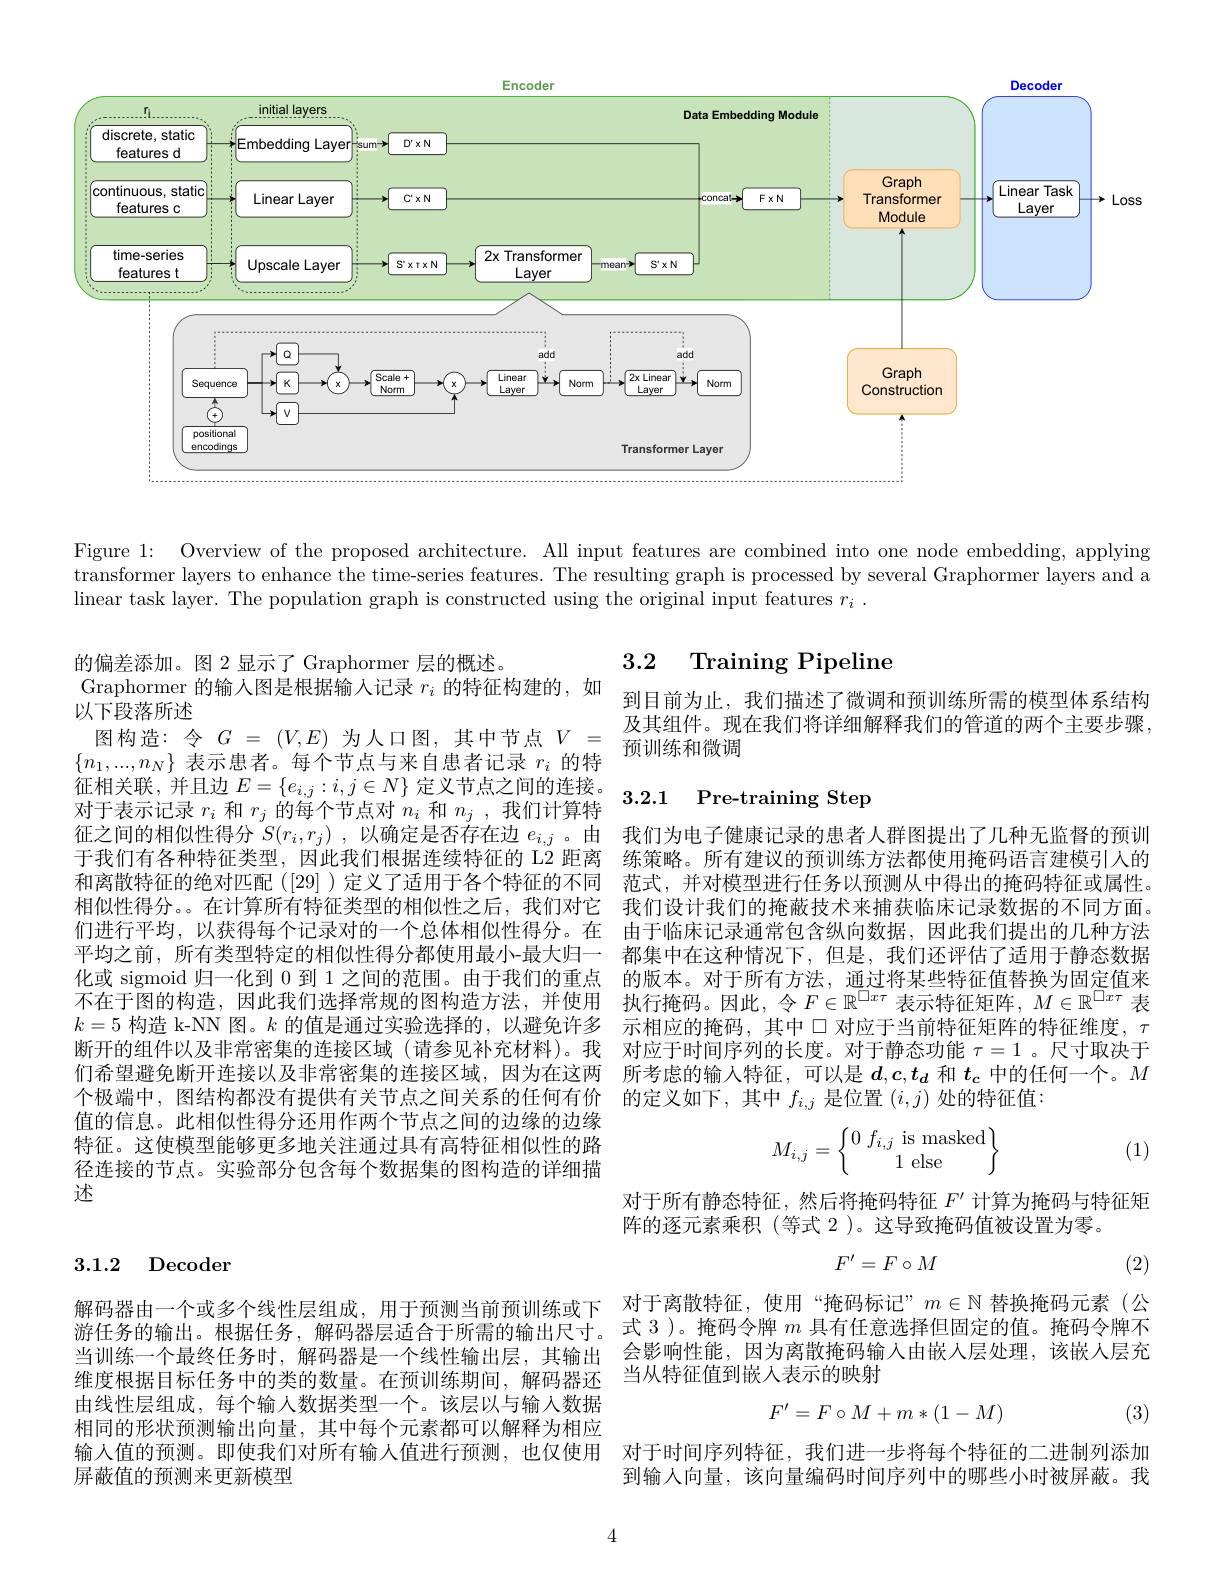
<FigureHere>

Figure 1: Overview of the proposed architecture. All input features are combined into one node embedding, applying transformer layers to enhance the time-series features. The resulting graph is processed by several Graphormer layers and a linear task layer. The population graph is constructed using the original input features $r_i$ .

3.2 Training Pipeline

# Graphormer 的输入图是根据输人记录$r_i\text{ 的特征构建的，如}_{\text{到目前为止，我们描述了微调和预训练所需的模型体系结构}}$

及其组件。现在我们将详细解释我们的管道的两个主要步骤
预训练和微调

### 3.2.1 Pre-training Step

的偏差添加。图 2 显示了 Graphormer 层的概述。
以下段落所述
图构造：令$G=(V,E)$为人口图，其中节点$V=$ $\{n_1,...,n_N\}$表示患者。每个节点与来自患者记录$r_i$的特征相关联，并且边$E=\{e_i,j:i,j\in N\}$定义节点之间的连接。对于表示记录$r_i$和$r_j$的每个节点对$n_i$和$n_j$,我们计算特征之间的相似性得分$S( r_i, r_j)$ ,以确定是否存在边$e_i,j$ 。由于我们有各种特征类型、因此我们根据连续特征的 L2 距离和离散特征的绝对匹配([29])定义了适用于各个特征的不同相似性得分。。在计算所有特征类型的相似性之后，我们对它们进行平均，以获得每个记录对的一个总体相似性得分。在平均之前，所有类型特定的相似性得分都使用最小-最大归一化或 sigmoid 归一化到 0 到 1 之间的范围。由于我们的重点不在于图的构造，因此我们选择常规的图构造方法，并使用$k=5$构造 k-NN 图。$k$的值是通过实验选择的，以避免许多断开的组件以及非常密集的连接区域(请参见补充材料)。我们希望避免断开连接以及非常密集的连接区域，因为在这两 所考虑的输入特征，可以是$d,c,t_d$和$t_\mathrm{c}$中的任何一个。$M$
个极端中，图结构都没有提供有关节点之间关系的任何有价值的信息。此相似性得分还用作两个节点之间的边缘的边缘特征。这使模型能够更多地关注通过具有高特征相似性的路径连接的节点。实验部分包含每个数据集的图构造的详细描述

我们为电子健康记录的患者人群图提出了几种无监督的预训练策略。所有建议的预训练方法都使用掩码语言建模引人的范式，并对模型进行任务以预测从中得出的掩码特征或属性。我们设计我们的掩蔽技术来捕获临床记录数据的不同方面。由于临床记录通常包含纵向数据，因此我们提出的几种方法都集中在这种情况下，但是，我们还评估了适用于静态数据的版本。对于所有方法，通过将某些特征值替换为固定值来执行掩码。因此，令$F\in\mathbb{R}^\square x\tau$表示特征矩阵，$M\in\mathbb{R}^\square x\tau$表示相应的掩码，其中口对应于当前特征矩阵的特征维度，$\tau$ 对应于时间序列的长度。对于静态功能$\tau=1$ 。尺寸取决于的定义如下，其中$f_i,j$是位置$(i,j)$处的特征值：
$$M_{i,j}=\begin{Bmatrix}0\:f_{i,j}\text{is masked}\\1\text{else}\end{Bmatrix}$$
(1)

对于所有静态特征，然后将掩码特征$F^{\prime}$计算为掩码与特征矩
阵的逐元素乘积 (等式 2 )。这导致掩码值被设置为零。
$$F^{\prime}=F\circ M$$
3.1.2 Decoder

(2)

解码器由一个或多个线性层组成，用于预测当前预训练或下 对于离散特征，使用“掩码标记”$m\in\mathbb{N}$替换掩码元素(公
式 3 )。掩码令牌$m$具有任意选择但固定的值。掩码令牌不会影响性能，因为离散掩码输入由嵌人层处理，该嵌人层充当从特征值到嵌入表示的映射

游任务的输出。根据任务，解码器层适合于所需的输出尺寸。当训练一个最终任务时，解码器是一个线性输出层，其输出维度根据目标任务中的类的数量。在预训练期间，解码器还由线性层组成，每个输人数据类型一个。该层以与输入数据相同的形状预测输出向量，其中每个元素都可以解释为相应输入值的预测。即使我们对所有输人值进行预测，也仅使用屏蔽值的预测来更新模型
$$F'=F\circ M+m*(1-M)$$
(3)

对于时间序列特征，我们进一步将每个特征的二进制列添加到输人向量，该向量编码时间序列中的哪些小时被屏蔽。我

4